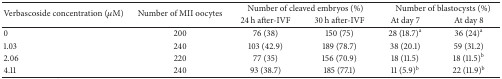
| <ROWSPAN=2> Verbascoside concentration (μM) | <ROWSPAN=2> Number of MII oocytes | <COLSPAN=2> Number of cleaved embryos (%) | <COLSPAN=2> Number of blastocysts (%) |
 | 24 h after-IVF | 30 h after-IVF | At day 7 | At day 8 |
 | --- | --- | --- | --- | --- | --- |
 | 0 | 200 | 76 (38) | 150 (75) | 28 (18.7)a | 36 (24)a |
 | 1.03 | 240 | 103 (42.9) | 189 (78.7) | 38 (20.1) | 59 (31.2) |
 | 2.06 | 220 | 77 (35) | 156 (70.9) | 18 (11.5) | 18 (11.5)b |
 | 4.11 | 240 | 93 (38.7) | 185 (77.1) | 11 (5.9)b | 22 (11.9)b |